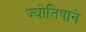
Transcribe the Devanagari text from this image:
ज्योतिषाने